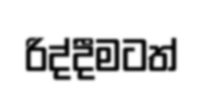
රිද්දීමටත්